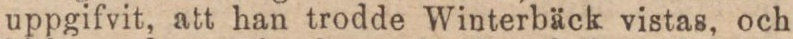
uppgifvit, att han trodde Winterbäck vistas, och